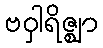
ဗဝှါရိဇ္ဈာ